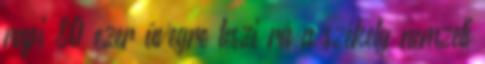
napi 80 ezer üvegre teszi rá a székely nemzeti